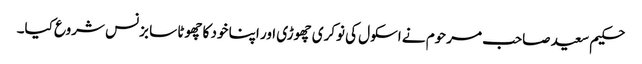
حکیم سعید صاحب مرحوم نے اسکول کی نوکری چھوڑی اور اپنا خود کا چھوٹا سا بزنس شروع کیا۔